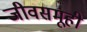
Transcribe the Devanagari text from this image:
जीवसमूही